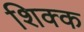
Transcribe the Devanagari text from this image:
शिक्क